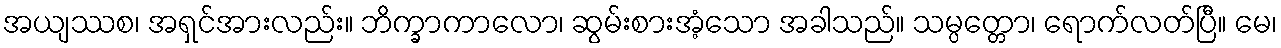
အယျဿစ၊ အရှင်အားလည်း။ ဘိက္ခာကာလော၊ ဆွမ်းစားအံ့သော အခါသည်။ သမ္ပတ္တော၊ ရောက်လတ်ပြီ။ မေ၊